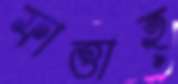
ফাত্তাহ্